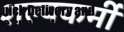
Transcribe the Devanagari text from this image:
शल्यकर्मी